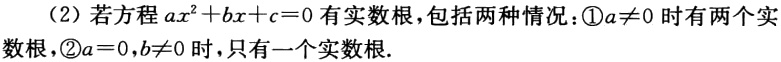
（2）若方程\(ax^{2}+bx + c = 0\)有实数根，包括两种情况：\textcircled{1}\(a\neq0\)时有两个实数根，\textcircled{2}\(a = 0\)，\(b\neq0\)时，只有一个实数根.